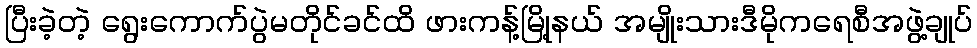
ပြီးခဲ့တဲ့ ရွေးကောက်ပွဲမတိုင်ခင်ထိ ဖားကန့်မြို့နယ် အမျိုးသားဒီမိုကရေစီအဖွဲ့ချုပ်